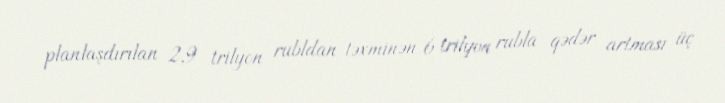
planlaşdırılan 2,9 trilyon rubldan təxminən 6 trilyon rubla qədər artması üç